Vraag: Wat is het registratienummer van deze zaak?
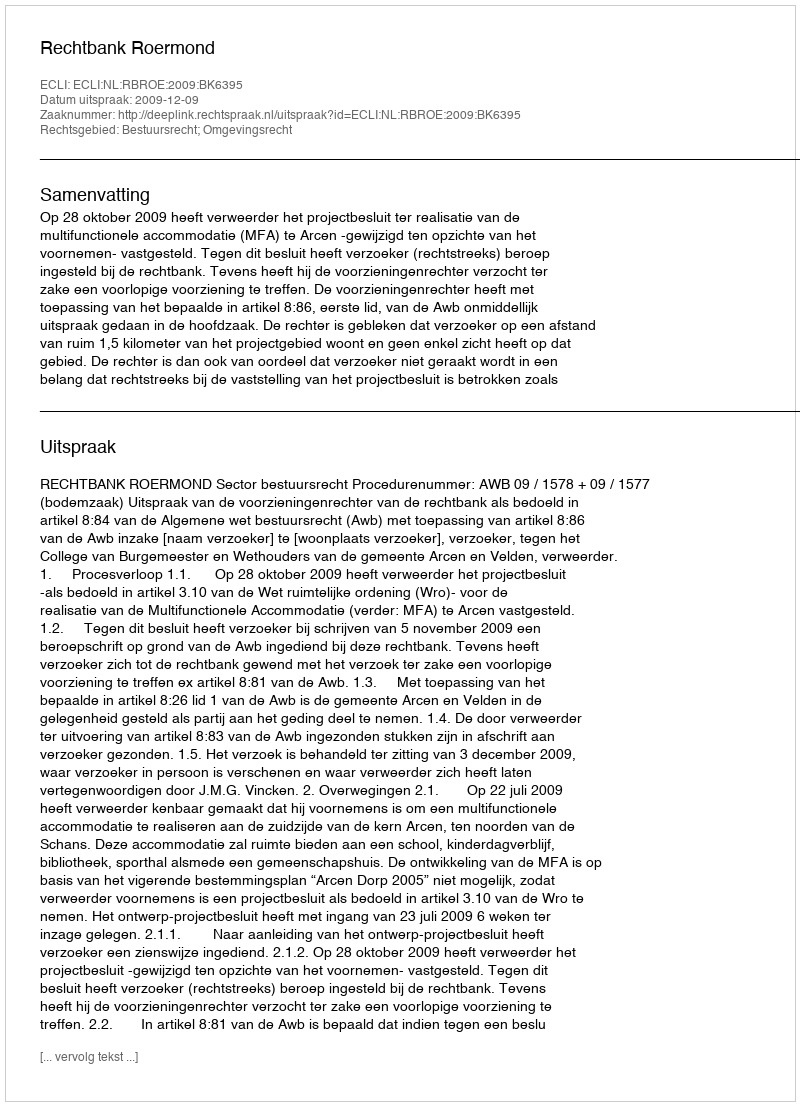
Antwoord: http://deeplink.rechtspraak.nl/uitspraak?id=ECLI:NL:RBROE:2009:BK6395